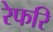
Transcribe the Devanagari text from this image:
रेफरि